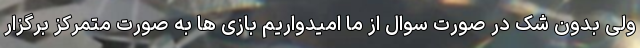
ولی بدون شک در صورت سوال از ما امیدواریم بازی ها به صورت متمرکز برگزار